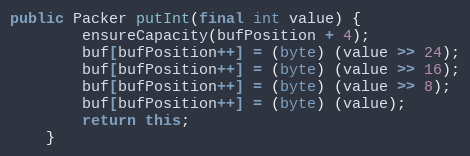
Language: Java
public Packer putInt(final int value) {
		ensureCapacity(bufPosition + 4);
		buf[bufPosition++] = (byte) (value >> 24);
		buf[bufPosition++] = (byte) (value >> 16);
		buf[bufPosition++] = (byte) (value >> 8);
		buf[bufPosition++] = (byte) (value);
		return this;
	}